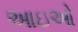
આઇઓ